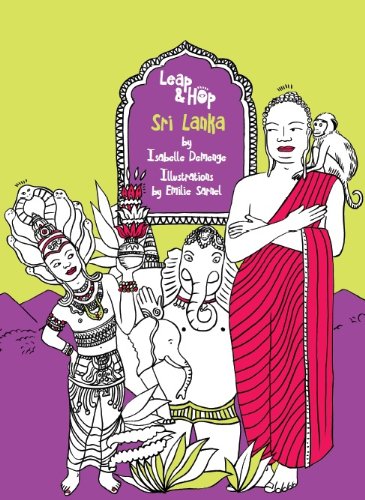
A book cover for Leap & Hop Sri Lanka, Children Travel Book; Isabelle Demenge; Travel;